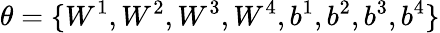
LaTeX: \theta=\{ W^{1},W^{2},W^{3},W^{4},b^{1},b^{2},b^{3},b^{4}\}